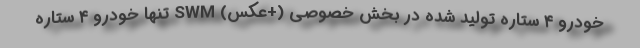
خودرو ۴ ستاره تولید شده در بخش خصوصی (+عکس) SWM تنها خودرو ۴ ستاره